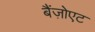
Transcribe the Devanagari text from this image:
बैंज़ोएट